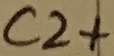
Text: C2+